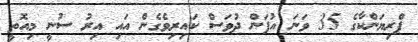
ޕްރިޔަންކާގެ 35 ވަނަ އުފަން ދުވަސް ކައިރިވެގެން އައި އިރު ސުނީ މިއޮތީ